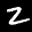
Label: 2